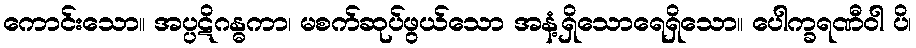
ကောင်းသော။ အပ္ပဋိဂန္ဓကာ၊ မစက်ဆုပ်ဖွယ်သော အနံ့ရှိသောရေရှိသော။ ပေါက္ခရဏီဝါ ပိ၊